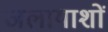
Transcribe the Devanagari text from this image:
जलायाशों